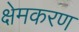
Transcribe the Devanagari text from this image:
क्षेमकरण